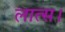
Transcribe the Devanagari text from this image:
लात्स।